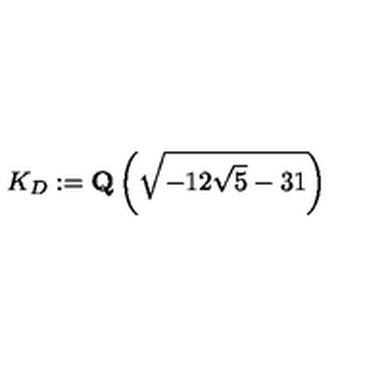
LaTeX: K _ { D } : = \mathrm { \bf Q } \left( \sqrt { - 1 2 \sqrt { 5 } - 3 1 } \right)